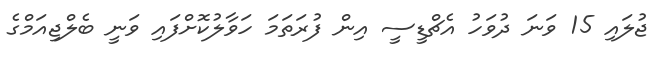
ޖުލައި 15 ވަނަ ދުވަހު އެޗްޑީސީ އިން ފުރަތަމަ ހަވާލުކޮށްފައި ވަނީ ބެލްޖިއަމްގެ